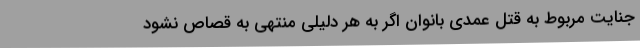
جنایت مربوط به قتل عمدی بانوان اگر به هر دلیلی منتهی به قصاص نشود